Insane asylums Bombay 1873-77 - 1873-1877
Year: 1873
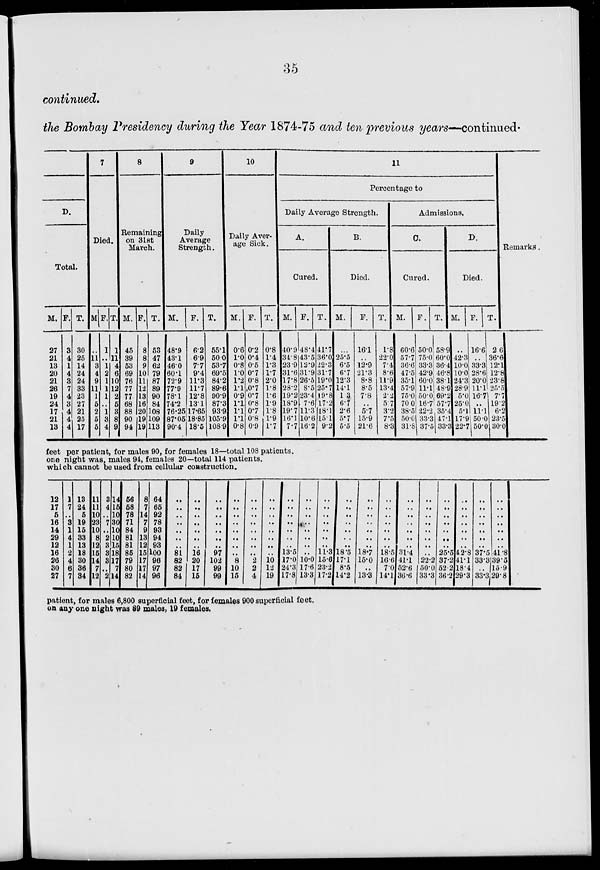
35
continued.
the Bombay Presidency during the Year 1874-75 and ten previous years—continued.
D.
Total.
M.
27
21
13
20
21
26
19
24
17
21
13
F.
3
4
1
4
3
7
4
3
4
4
4
T.
30
25
14
24
24
33
23
27
21
25
17
7
Died.
M.
..
11
3
4
9
11
1
5
2
5
5
F.
1
..
1
2
1
1
1
..
1
3
4
T.
1
11
4
6
10
12
2
5
3
8
9
8
Remaining
on 31st
March.
M.
45
39
53
69
76
77
77
68
88
90
94
F.
8
8
9
10
11
12
13
16
20
19
19
T.
53
47
62
79
87
89
90
84
108
109
113
9
Daily
Average
Strength.
M.
48.9
43.1
46.0
60.1
72.9
77.9
78.1
74.2
76.25
87.05
90.4
F.
6.2
6.9
7.7
9.4
11.3
11.7
12.8
13.1
17.65
18.85
18.5
T.
55.1
50.0
53.7
69.5
84.2
89.6
90.9
87.3
93.8
105.9
108.9
10
Daily Aver-
age Sick.
M.
0.6
1.0
0.8
1.0
1.2
1.1
0.9
1.1
1.1
1.1
0.8
F.
0.2
0.4
0.5
0.7
0.8
0.7
0.7
0.8
0.7
0.8
0.9
T.
0.8
1.4
1.3
1.7
2.0
1.8
1.6
1.9
1.8
1.9
1.7
11
Percentage to
Daily Average Strength.
A.
Cured.
M.
40.9
34.8
23.9
31.6
17.8
28.2
19.2
18.9
19.7
16.1
7.7
F.
48.4
43.5
12.9
31.9
26.5
8.5
23.4
7.6
11.3
10.6
16.2
T.
41.7
36.0
22.3
31.7
19.0
25.7
19.8
17.2
18.1
15.1
9.2
B.
Died.
M.
...
25.5
6.5
6.7
12.3
14.1
1.3
6.7
2.6
5.7
5.5
F.
16.1
..
12.9
21.3
8.8
8.5
7.8
..
5.7
15.9
21.6
T.
1.8
22.0
7.4
8.6
11.9
13.4
2.2
5.7
3.2
7.5
8.3
Admissions.
C.
Cured.
M.
60.6
57.7
36.6
47.5
35.1
57.9
75.0
70.0
38.5
50.0
31.8
F.
50.0
75.0
33.3
42.9
60.0
11.1
50.0
16.7
22.2
33.3
37.5
T.
58.9
60.0
36.4
46.8
38.1
48.9
69.2
57.7
35.4
47.1
33.3
D.
Died.
M.
..
42.3
10.0
10.0
24.3
28.9
5.0
25.0
5.1
17.9
22.7
F.
16.6
..
33.3
28.6
20.0
11.1
16.7
..
11.1
50.0
50.0
T.
2.6
36.6
12.1
12.8
23.8
25.5
7.7
19.2
6.2
23.5
30.0
Remarks.
feet per patient, for males 90, for females 18—total 108 patients.
one night was, males 94, females 20—total 114 patients.
which cannot be used from cellular construction.
12
17
5
16
14
29
12
16
26
30
27
1
7
..
3
1
4
1
2
4
6
7
13
24
5
19
15
33
13
18
30
36
34
11
11
10
23
10
8
12
15
14
7
12
3
4
..
7
..
2
3
3
3
..
2
14
15
10
30
10
10
15
18
17
7
14
56
58
78
71
84
81
81
85
79
80
82
8
7
14
7
9
13
12
15
17
17
14
64
65
92
78
93
94
93
100
96
97
96
..
..
..
..
..
..
..
81
82
82
84
..
..
..
..
..
..
..
16
20
17
15
..
..
..
..
..
..
..
97
102
99
99
..
..
..
..
..
..
..
..
8
10
15
..
..
..
..
..
..
..
..
2
2
4
..
..
..
..
..
..
..
..
10
12
19
..
..
..
..
..
..
..
13.5
17.0
24.3
17.8
..
..
..
..
..
..
..
..
10.0
17.6
13.3
..
..
..
..
..
..
..
11.3
15.6
23.2
17.2
..
..
..
..
..
..
..
18.5
17.1
8.5
14.2
..
..
..
..
..
..
..
18.7
15.0
..
13.3
..
..
..
..
..
..
..
18.5
16.6
7.0
14.1
..
..
..
..
..
..
..
31.4
41.1
52.6
36.6
..
..
..
..
..
..
..
..
22.2
50.0
33.3
..
..
..
..
..
..
..
25.5
37.2
52.2
36.2
..
..
..
..
..
..
..
42.8
41.1
18.4
29.3
..
..
..
..
..
..
..
37.5
33.3
..
33.3
..
..
..
..
..
..
..
41.8
39.5
15.9
29.8
patient, for males 6,800 superficial feet, for females 900 superficial feet.
on any one night was 89 males, 19 females.